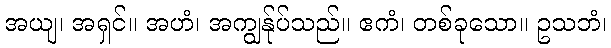
အယျ၊ အရှင်။ အဟံ၊ အကျွန်ုပ်သည်။ ဧကံ၊ တစ်ခုသော။ ဥသဘံ၊